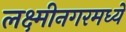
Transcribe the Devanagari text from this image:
लक्ष्मीनगरमध्ये